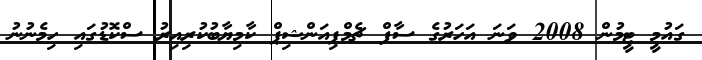
ގައުމީ ޓީމުން 2008 ވަނަ އަހަރުގެ ސާފް ޗެމްޕިއަންޝިޕް ކާމިޔާބުކުރިއިރު ސްކޮޑުގައި ހިމެނުނު